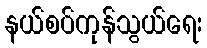
နယ်စပ်ကုန်သွယ်ရေး